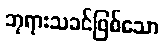
ဘုရားသခင်ဖြစ်သော